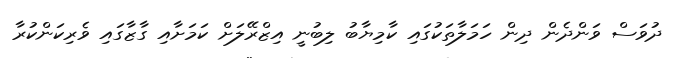
ދުވަސް ވަންދެން ދިން ހަމަލާތަކުގައި ކާމިޔާބު ލިބުނީ އިޒްރޭލަށް ކަމަށާއި ގާޒާގައި ވެރިކަންކުރާ